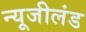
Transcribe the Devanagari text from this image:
न्यूजीलंड